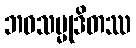
ဘဝသမ္မုဒိတဿ